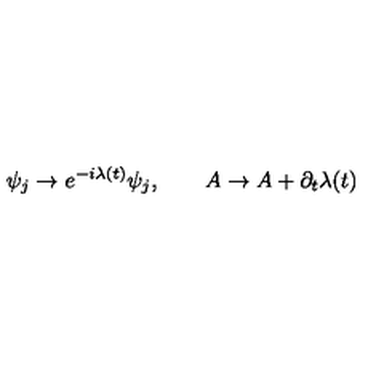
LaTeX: \psi _ { j } \rightarrow e ^ { - i \lambda ( t ) } \psi _ { j } , \qquad A \rightarrow A + \partial _ { t } \lambda ( t )